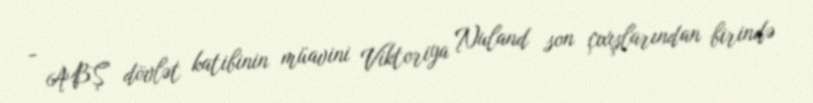
- ABŞ dövlət katibinin müavini Viktoriya Nuland son çıxışlarından birində